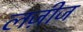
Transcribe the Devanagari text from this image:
लज़ीज